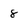
Character: 8